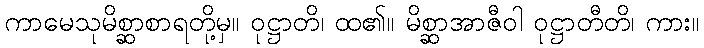
ကာမေသုမိစ္ဆာစာရတို့မှ။ ဝုဋ္ဌာတိ၊ ထ၏။ မိစ္ဆာအာဇီဝါ ဝုဋ္ဌာတီတိ၊ ကား။